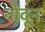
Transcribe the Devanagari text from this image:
नोंदून